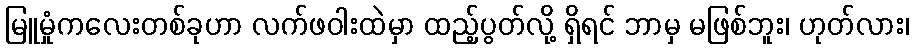
မြူမှုံကလေးတစ်ခုဟာ လက်ဖဝါးထဲမှာ ထည့်ပွတ်လို့ ရှိရင် ဘာမှ မဖြစ်ဘူး၊ ဟုတ်လား၊